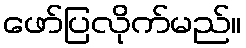
ဖော်ပြလိုက်မည်။